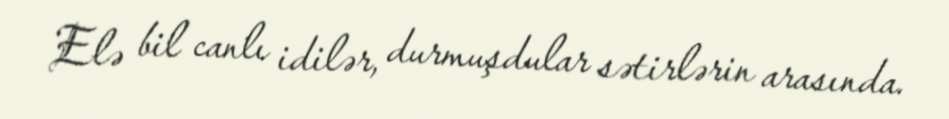
Elə bil canlı idilər, durmuşdular sətirlərin arasında.